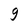
Character: g